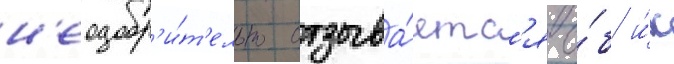
н'еодобр'и́т'ельно отзыва́етс'я о́б и́х